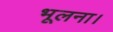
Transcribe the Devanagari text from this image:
भूलना।